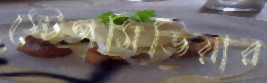
স্টেপমিডিয়ার